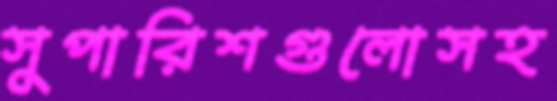
সুপারিশগুলোসহ